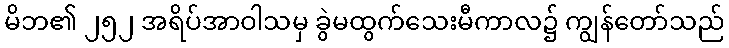
မိဘ၏ ၂၅၂ အရိပ်အာဝါသမှ ခွဲမထွက်သေးမီကာလ၌ ကျွန်တော်သည်